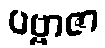
ပဗ္ဗာဇာ